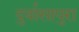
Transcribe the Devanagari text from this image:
दुर्वासापुरा